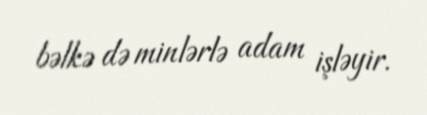
bəlkə də minlərlə adam işləyir.